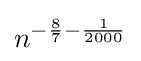
n^{-{\frac {8}{7}}-{\frac {1}{2000}}}